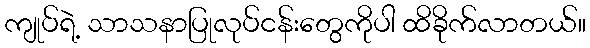
ကျုပ်ရဲ့ သာသနာပြုလုပ်ငန်းတွေကိုပါ ထိခိုက်လာတယ်။